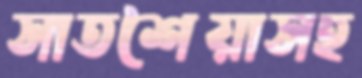
সাতশৈয়াসহ